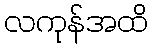
လကုန်အထိ